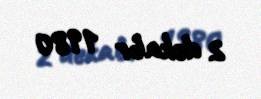
2 dekabr 1980